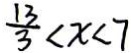
\frac { 1 3 } { 3 } < x < 7